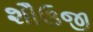
શૌઉજી